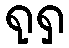
ရုရှ